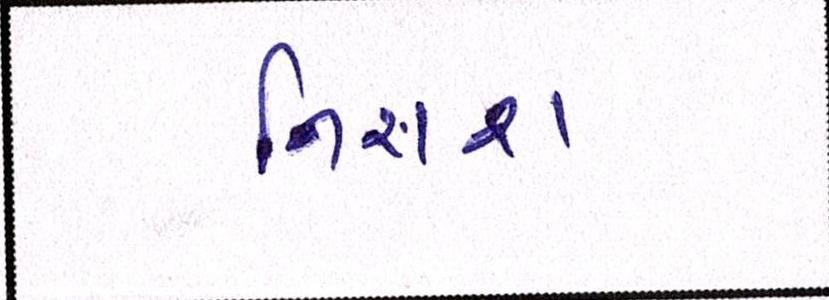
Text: નિરાશ